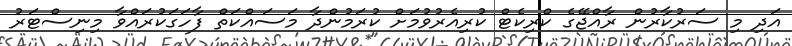
އަދި މި ސަރުކާރުން ރާއްޖޭގެ ކްރިކެޓް ކުރިއެރުވުމަށް ކުރަމުންދާ މަސައްކަތް ފާހަގަކުރައްވާ މިނިސްޓަރު